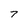
Character: 7